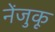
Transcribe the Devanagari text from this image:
नेंजुकू